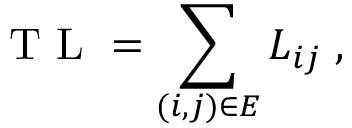
\mathrm { ~ T ~ L ~ } = \sum _ { ( i , j ) \in E } L _ { i j } \; ,